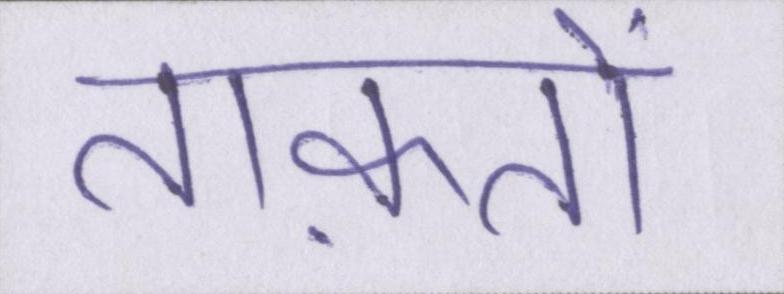
ताक़तों